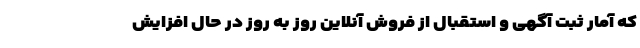
که آمار ثبت آگهی و استقبال از فروش آنلاین روز به روز در حال افزایش